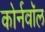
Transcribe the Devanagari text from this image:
कोर्नवॉल